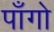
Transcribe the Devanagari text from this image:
पाँगो